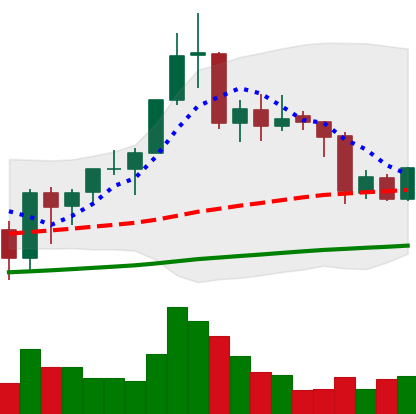
Ticker: BNB-USD
Chart end date: 2020-09-24
Forward return: 17.182%
Label: up_7plus